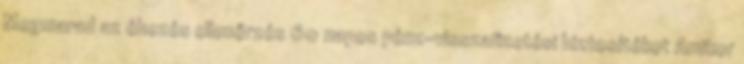
Megmarad az éhezés ellenőrzés 60 napos pénz-visszafizetési biztosítékot Amikor